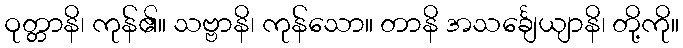
ဝုတ္တာနိ၊ ကုန်၏။ သဗ္ဗာနိ၊ ကုန်သော။ တာနိ အသင်္ချေယျာနိ၊ တို့ကို။